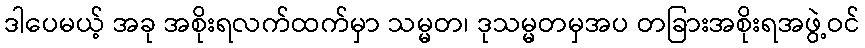
ဒါပေမယ့် အခု အစိုးရလက်ထက်မှာ သမ္မတ၊ ဒုသမ္မတမှအပ တခြားအစိုးရအဖွဲ့ဝင်